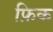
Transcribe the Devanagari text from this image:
फ़िक